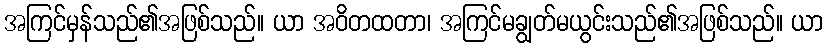
အကြင်မှန်သည်၏အဖြစ်သည်။ ယာ အဝိတထတာ၊ အကြင်မချွတ်မယွင်းသည်၏အဖြစ်သည်။ ယာ